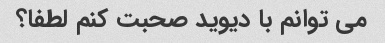
می توانم با دیوید صحبت کنم لطفا؟